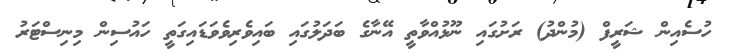
ހުސެއިން ޝަރީފް (މުންދު) ރަށުގައި ނޫޅުއްވާތީ އޭނާގެ ބަދަލުގައި ބައިވެރިވެވަޑައިގަތީ ހައުސިން މިނިސްޓަރު